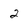
Character: 2